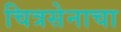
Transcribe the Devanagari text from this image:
चित्रसेनाचा